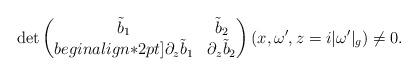
LaTeX: \begin{align*} \det \begin{pmatrix} \tilde{b}_1 &\tilde{b}_2 \\begin{align*}2pt] \partial_z\tilde{b}_1& \partial_z\tilde{b}_2 \end{pmatrix} (x,\omega',z=i|\omega'|_g) \neq 0.\end{align*}